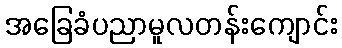
အခြေခံပညာမူလတန်းကျောင်း